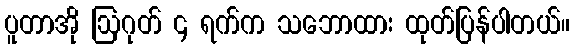
ပူတာအို ဩဂုတ် ၄ ရက်က သဘောထား ထုတ်ပြန်ပါတယ်။